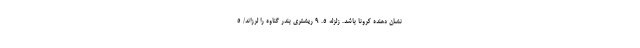
نشان‌ دهنده کرونا باشد. زلزله ۵. ۹ ریشتری بندر گناوه را لرزاند/ 5